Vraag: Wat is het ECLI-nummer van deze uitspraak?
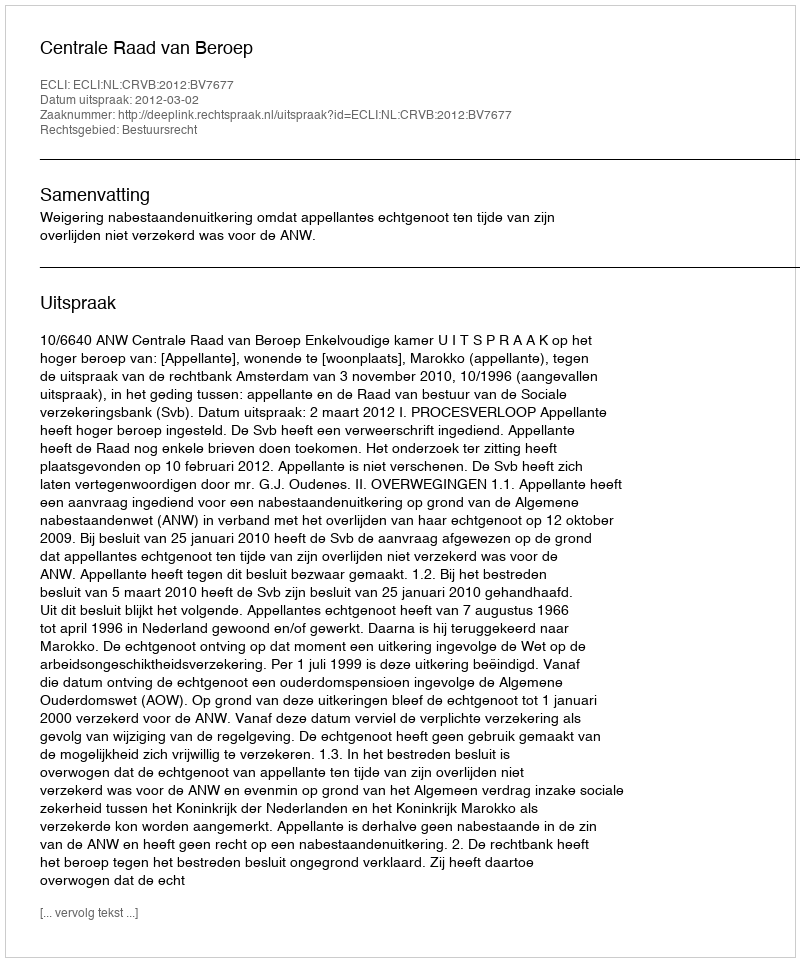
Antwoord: ECLI:NL:CRVB:2012:BV7677